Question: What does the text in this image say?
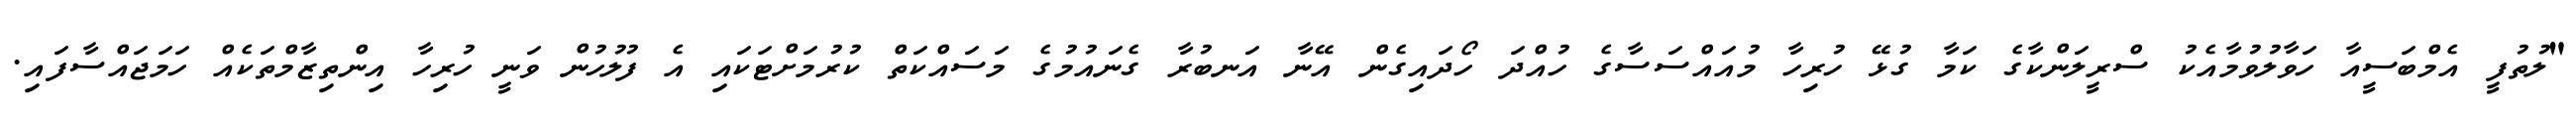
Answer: "ލުތުފީ އެމްބަސީއާ ހަވާލުވުމާއެކު ސްރީލަންކާގެ ކަމާ ގުޅޭ ހުރިހާ މުއައްސަސާގެ ހުއްދަ ހޯދައިގެން އޭނާ އަނބުރާ ގެނައުމުގެ މަސައްކަތް ކުރުމަށްޓަކައި އެ ފުލުހުން ވަނީ ހުރިހާ އިންތިޒާމްތަކެއް ހަމަޖައްސާފައި.